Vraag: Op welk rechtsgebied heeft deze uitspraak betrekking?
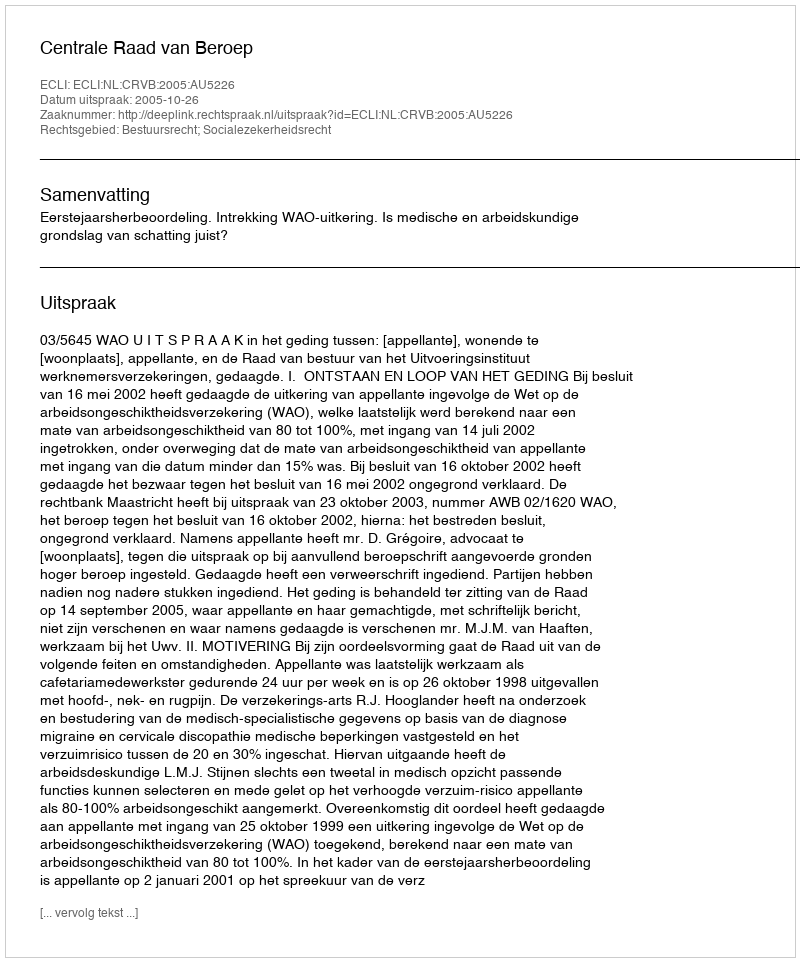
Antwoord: Bestuursrecht; Socialezekerheidsrecht